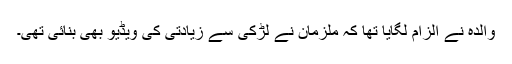
والدہ نے الزام لگایا تھا کہ ملزمان نے لڑکی سے زیادتی کی ویڈیو بھی بنائی تھی۔